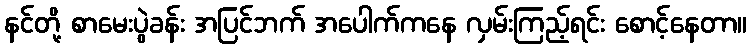
နင်တို့ စာမေးပွဲခန်း အပြင်ဘက် အပေါက်ကနေ လှမ်းကြည့်ရင်း စောင့်နေတာ။